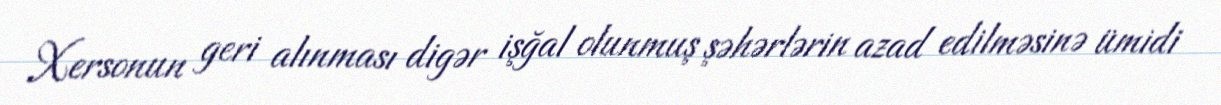
Xersonun geri alınması digər işğal olunmuş şəhərlərin azad edilməsinə ümidi